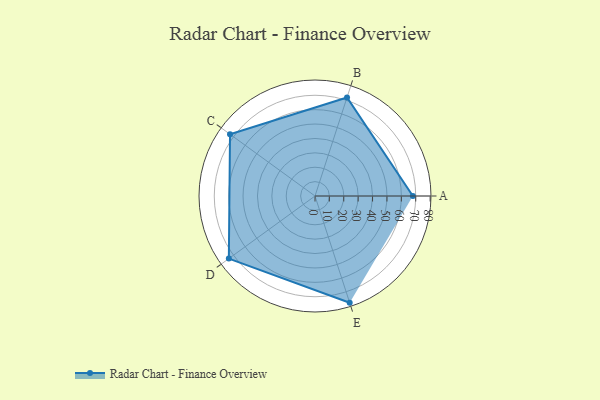
{"axis": {"x": "Skill", "y": "Score"}, "legend": ["Profile"], "data": [{"x": "A", "y": 68.0, "type": "Profile"}, {"x": "B", "y": 72.0, "type": "Profile"}, {"x": "C", "y": 73.0, "type": "Profile"}, {"x": "D", "y": 74.0, "type": "Profile"}, {"x": "E", "y": 78.0, "type": "Profile"}]}